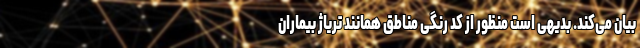
بیان می‌کند. بدیهی است منظور از کد رنگی مناطق همانند تریاژ بیماران